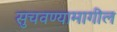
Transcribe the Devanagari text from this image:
सुचवण्यामागील